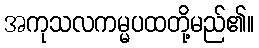
အကုသလကမ္မပထတို့မည်၏။